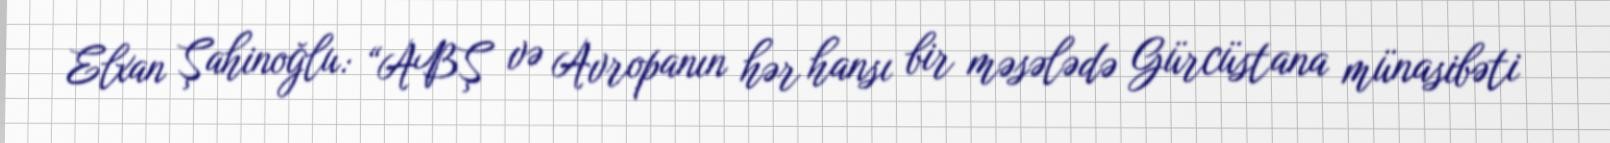
Elxan Şahinoğlu: “ABŞ və Avropanın hər hansı bir məsələdə Gürcüstana münasibəti